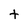
Character: t